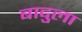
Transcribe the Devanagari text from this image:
बादुला